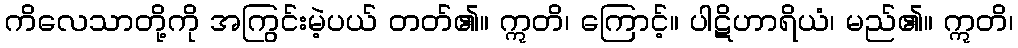
ကိလေသာတို့ကို အကြွင်းမဲ့ပယ် တတ်၏။ ဣတိ၊ ကြောင့်။ ပါဋိဟာရိယံ၊ မည်၏။ ဣတိ၊